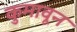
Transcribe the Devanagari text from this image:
कुमावून